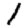
Digit: 1